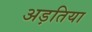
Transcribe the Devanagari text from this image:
अड़तिया